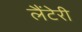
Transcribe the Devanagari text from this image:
लैंटेरी